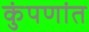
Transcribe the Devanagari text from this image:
कुंपणांत